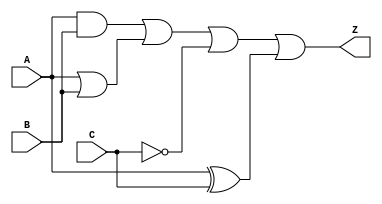
module combinational_logic (
    input wire A,       // Input A
    input wire B,       // Input B
    input wire C,       // Input C
    output wire Z       // Output Z
);

// Intermediate signals for various logic operations
wire and_result;
wire or_result;
wire not_result;
wire xor_result;

// Logic Operations
assign and_result = A & B;                // AND operation
assign or_result = A | B;                 // OR operation
assign not_result = ~C;                   // NOT operation
assign xor_result = A ^ C;                // XOR operation

// Final output based on a combination of logic functions
assign Z = and_result | or_result | not_result | xor_result; // Final output logic

endmodule